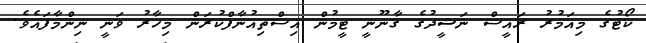
ކޯޓުގެ މިއަމުރު ރައީސް ނަޝީދުގެ ގާނޫނީ ޓީމުން އިސްތިއުނާފްކުރަން މިހާރު ވަނީ ނިންމާފައެވެ.